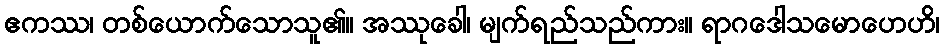
ဧကဿ၊ တစ်ယောက်သောသူ၏။ အဿုခေါ၊ မျက်ရည်သည်ကား။ ရာဂဒေါသမောဟေဟိ၊